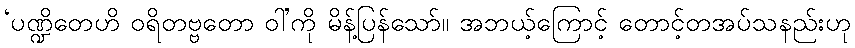
‘ပဏ္ဍိတေဟိ ဝရိတဗ္ဗတော ဝါ’ကို မိန့်ပြန်သော်။ အဘယ့်ကြောင့် တောင့်တအပ်သနည်းဟု